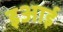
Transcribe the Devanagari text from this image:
इआई